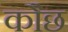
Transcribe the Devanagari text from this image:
कौछ